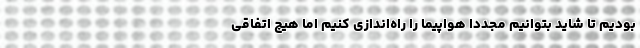
بودیم تا شاید بتوانیم مجددا هواپیما را راه‌اندازی کنیم اما هیچ اتفاقی